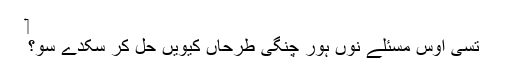
‏
تُسی اوس مسئلے نُوں ہور چنگی طرحاں کیویں حل کر سکدے سو؟